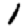
Digit: 1